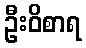
ဦးဝိစာရ